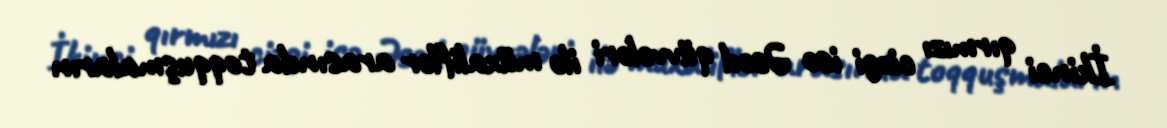
İkinci qırmızı cizgi isə Əsəd qüvvələri ilə müxaliflər arasında toqquşmaların